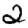
Digit: 2